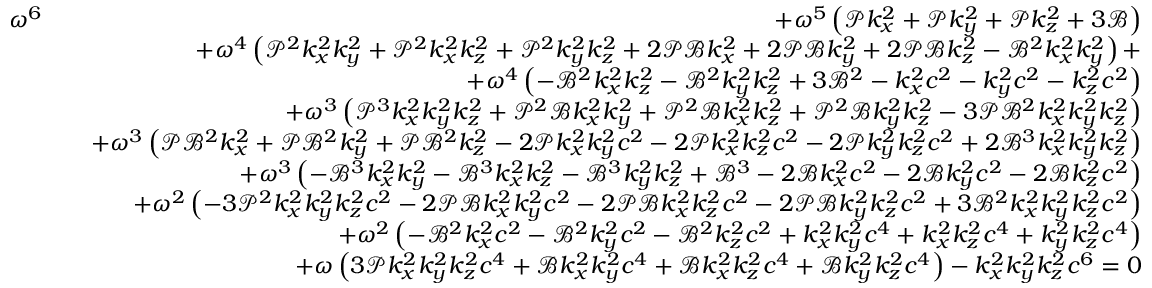
\begin{array} { r l r } { \omega ^ { 6 } } & { } & { + \omega ^ { 5 } \left( \mathcal { P } k _ { x } ^ { 2 } + \mathcal { P } k _ { y } ^ { 2 } + \mathcal { P } k _ { z } ^ { 2 } + 3 \mathcal { B } \right) } \\ & { } & { + \omega ^ { 4 } \left( \mathcal { P } ^ { 2 } k _ { x } ^ { 2 } k _ { y } ^ { 2 } + \mathcal { P } ^ { 2 } k _ { x } ^ { 2 } k _ { z } ^ { 2 } + \mathcal { P } ^ { 2 } k _ { y } ^ { 2 } k _ { z } ^ { 2 } + 2 \mathcal { P } \mathcal { B } k _ { x } ^ { 2 } + 2 \mathcal { P } \mathcal { B } k _ { y } ^ { 2 } + 2 \mathcal { P } \mathcal { B } k _ { z } ^ { 2 } - \mathcal { B } ^ { 2 } k _ { x } ^ { 2 } k _ { y } ^ { 2 } \right) + } \\ & { } & { + \omega ^ { 4 } \left( - \mathcal { B } ^ { 2 } k _ { x } ^ { 2 } k _ { z } ^ { 2 } - \mathcal { B } ^ { 2 } k _ { y } ^ { 2 } k _ { z } ^ { 2 } + 3 \mathcal { B } ^ { 2 } - k _ { x } ^ { 2 } c ^ { 2 } - k _ { y } ^ { 2 } c ^ { 2 } - k _ { z } ^ { 2 } c ^ { 2 } \right) } \\ & { } & { + \omega ^ { 3 } \left( \mathcal { P } ^ { 3 } k _ { x } ^ { 2 } k _ { y } ^ { 2 } k _ { z } ^ { 2 } + \mathcal { P } ^ { 2 } \mathcal { B } k _ { x } ^ { 2 } k _ { y } ^ { 2 } + \mathcal { P } ^ { 2 } \mathcal { B } k _ { x } ^ { 2 } k _ { z } ^ { 2 } + \mathcal { P } ^ { 2 } \mathcal { B } k _ { y } ^ { 2 } k _ { z } ^ { 2 } - 3 \mathcal { P } \mathcal { B } ^ { 2 } k _ { x } ^ { 2 } k _ { y } ^ { 2 } k _ { z } ^ { 2 } \right) } \\ & { } & { + \omega ^ { 3 } \left( \mathcal { P } \mathcal { B } ^ { 2 } k _ { x } ^ { 2 } + \mathcal { P } \mathcal { B } ^ { 2 } k _ { y } ^ { 2 } + \mathcal { P } \mathcal { B } ^ { 2 } k _ { z } ^ { 2 } - 2 \mathcal { P } k _ { x } ^ { 2 } k _ { y } ^ { 2 } c ^ { 2 } - 2 \mathcal { P } k _ { x } ^ { 2 } k _ { z } ^ { 2 } c ^ { 2 } - 2 \mathcal { P } k _ { y } ^ { 2 } k _ { z } ^ { 2 } c ^ { 2 } + 2 \mathcal { B } ^ { 3 } k _ { x } ^ { 2 } k _ { y } ^ { 2 } k _ { z } ^ { 2 } \right) } \\ & { } & { + \omega ^ { 3 } \left( - \mathcal { B } ^ { 3 } k _ { x } ^ { 2 } k _ { y } ^ { 2 } - \mathcal { B } ^ { 3 } k _ { x } ^ { 2 } k _ { z } ^ { 2 } - \mathcal { B } ^ { 3 } k _ { y } ^ { 2 } k _ { z } ^ { 2 } + \mathcal { B } ^ { 3 } - 2 \mathcal { B } k _ { x } ^ { 2 } c ^ { 2 } - 2 \mathcal { B } k _ { y } ^ { 2 } c ^ { 2 } - 2 \mathcal { B } k _ { z } ^ { 2 } c ^ { 2 } \right) } \\ & { } & { + \omega ^ { 2 } \left( - 3 \mathcal { P } ^ { 2 } k _ { x } ^ { 2 } k _ { y } ^ { 2 } k _ { z } ^ { 2 } c ^ { 2 } - 2 \mathcal { P } \mathcal { B } k _ { x } ^ { 2 } k _ { y } ^ { 2 } c ^ { 2 } - 2 \mathcal { P } \mathcal { B } k _ { x } ^ { 2 } k _ { z } ^ { 2 } c ^ { 2 } - 2 \mathcal { P } \mathcal { B } k _ { y } ^ { 2 } k _ { z } ^ { 2 } c ^ { 2 } + 3 \mathcal { B } ^ { 2 } k _ { x } ^ { 2 } k _ { y } ^ { 2 } k _ { z } ^ { 2 } c ^ { 2 } \right) } \\ & { } & { + \omega ^ { 2 } \left( - \mathcal { B } ^ { 2 } k _ { x } ^ { 2 } c ^ { 2 } - \mathcal { B } ^ { 2 } k _ { y } ^ { 2 } c ^ { 2 } - \mathcal { B } ^ { 2 } k _ { z } ^ { 2 } c ^ { 2 } + k _ { x } ^ { 2 } k _ { y } ^ { 2 } c ^ { 4 } + k _ { x } ^ { 2 } k _ { z } ^ { 2 } c ^ { 4 } + k _ { y } ^ { 2 } k _ { z } ^ { 2 } c ^ { 4 } \right) } \\ & { } & { + \omega \left( 3 \mathcal { P } k _ { x } ^ { 2 } k _ { y } ^ { 2 } k _ { z } ^ { 2 } c ^ { 4 } + \mathcal { B } k _ { x } ^ { 2 } k _ { y } ^ { 2 } c ^ { 4 } + \mathcal { B } k _ { x } ^ { 2 } k _ { z } ^ { 2 } c ^ { 4 } + \mathcal { B } k _ { y } ^ { 2 } k _ { z } ^ { 2 } c ^ { 4 } \right) - k _ { x } ^ { 2 } k _ { y } ^ { 2 } k _ { z } ^ { 2 } c ^ { 6 } = 0 } \end{array}